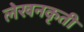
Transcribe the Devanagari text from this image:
लेखनकृती